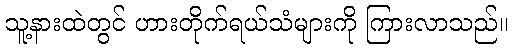
သူ့နားထဲတွင် ဟားတိုက်ရယ်သံများကို ကြားလာသည်။